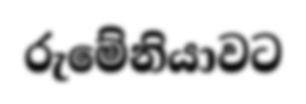
රුමේනියාවට